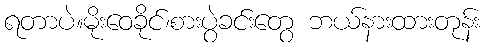
ရတာပဲ။မိုးဝေခိုင်၊စားပွဲခင်းတွေ ဘယ်နားထားတုန်း